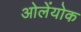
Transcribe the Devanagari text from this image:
ओलेंयोक